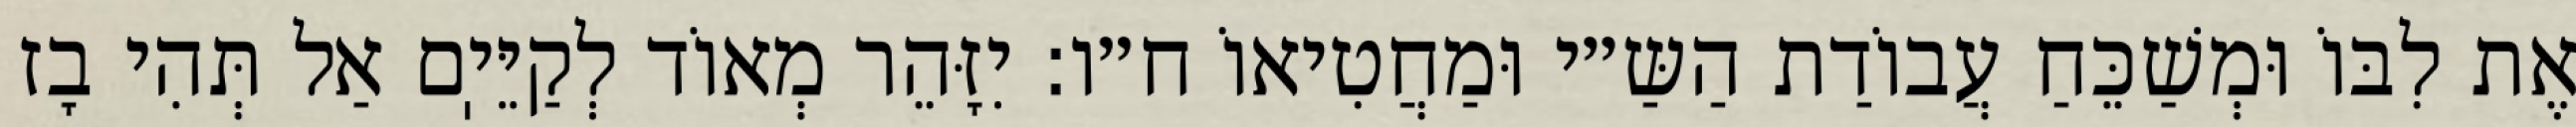
אֶת לִבּוֹ וּמְשַׁכֵּחַ עֲבוֹדַת הַשַּ״י וּמַחֲטִיאוֹ ח״ו: יִזָּהֵר מְאוֹד לְקַיֵּיֽם אַל תְּהִי בָז